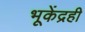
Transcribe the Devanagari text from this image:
भूकेंद्रही